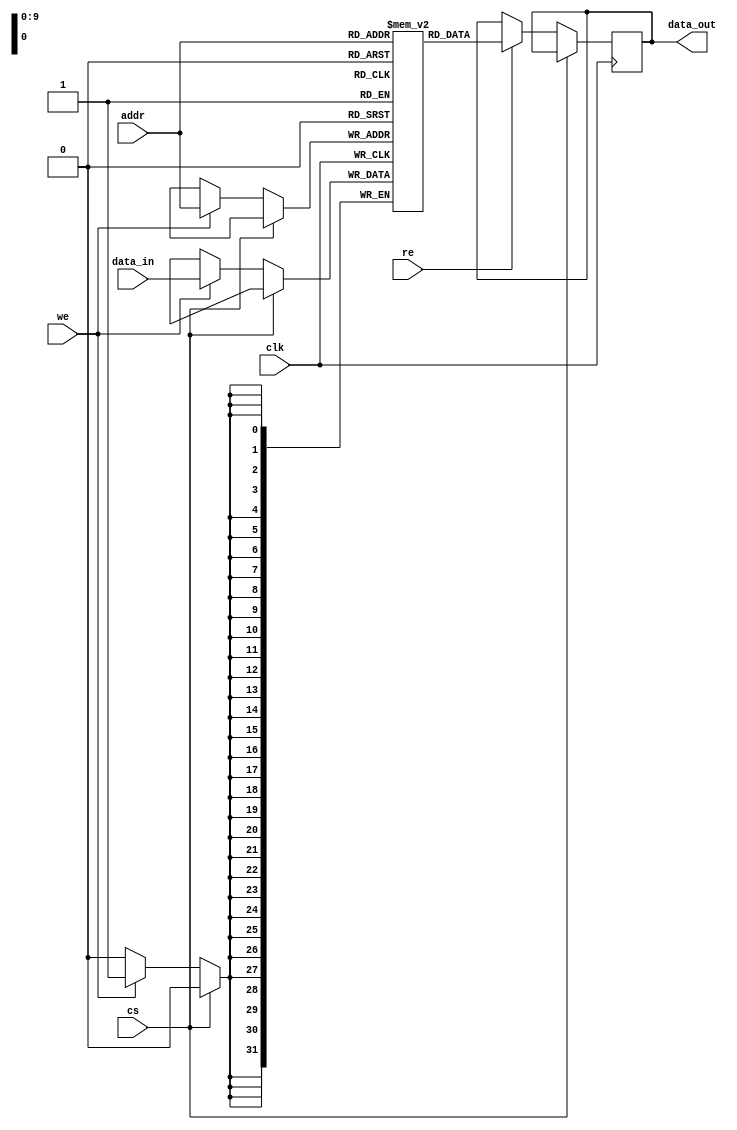
module io_blocks_cache_sram #(
    parameter DATA_WIDTH = 32, // Width of each word (8, 16, or 32 bits)
    parameter ADDR_WIDTH = 10   // Address width (for 1KB, 4KB, etc.)
)(
    input wire clk,             // Clock signal
    input wire cs,              // Chip Select (active low)
    input wire re,              // Read Enable
    input wire we,              // Write Enable
    input wire [ADDR_WIDTH-1:0] addr, // Address input
    input wire [DATA_WIDTH-1:0] data_in, // Data input
    output reg [DATA_WIDTH-1:0] data_out // Data output
);

    // Memory array declaration
    reg [DATA_WIDTH-1:0] memory [(2**ADDR_WIDTH)-1:0];

    // Read and Write operations
    always @(posedge clk) begin
        if (!cs) begin // Check if chip is selected
            if (we) begin
                // Write operation
                memory[addr] <= data_in; // Write data to addressed location
            end
            if (re) begin
                // Read operation
                data_out <= memory[addr]; // Read data from addressed location
            end
        end
    end

    // Optional: Error detection with parity
    // This section can be added if needed, for example:
    /*
    reg parity [0:1]; // 0 for data, 1 for parity
    always @(posedge clk) begin
        if (!cs && re) begin
            // Check parity on read
            parity[0] <= ^memory[addr]; // Calculate parity for the data
        end
    end
    */

endmodule